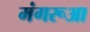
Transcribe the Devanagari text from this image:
मंगरूआ